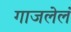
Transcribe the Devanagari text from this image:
गाजलेलं